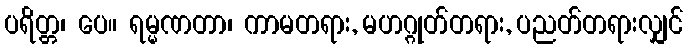
ပရိတ္တ၊ ပေ။ ရမ္မဏတာ၊ ကာမတရား, မဟဂ္ဂုတ်တရား, ပညတ်တရားလျှင်